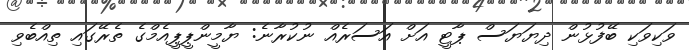
ވަކިވަކި ބޭފުޅުން ދިޔަޔަސް ޕާޓީ އަށް އަސަރެއް ނުކުރާނެ: ޔާމީންޕީޕީއެމްގެ ތެރޭގައި ތިއްބެވި